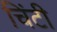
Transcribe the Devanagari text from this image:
चिंटी